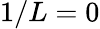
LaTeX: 1/L=0